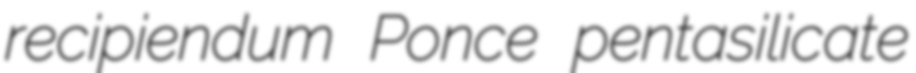
recipiendum Ponce pentasilicate